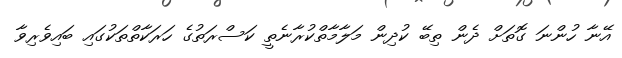
އޭނާ ހުންނަ ގޮތަށް ދެން ތިބޭ ކުދިން މަލާމާތްކުރާނެތީ ކަސްރަތުގެ ހަރަކާތްތަކުގައި ބައިވެރިވާ